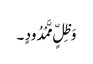
وَ ظِلٍّ مَّمْدُودٍ ۔